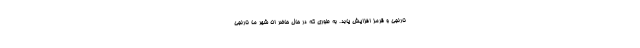
نارنجی و قرمز افزایش یابد. به طوری که در حال حاضر ۵۱ شهر ما نارنجی